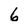
Character: 6